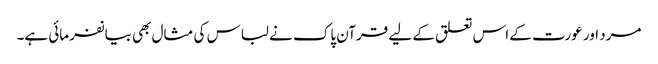
مرد اور عورت کے اس تعلق کے لیے قرآن پاک نے لباس کی مثال بھی بیانفرمائی ہے۔